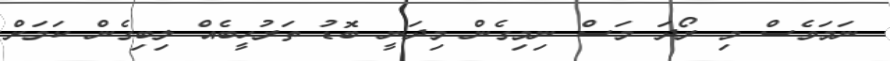
ނަމަވެސް މި ރޯދަ މަސް ނިމިގެން މިދަނީ ބޮޑު ތަރުހީބެއް ލިބިގެން ކަމަށް